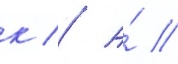
к // А́ //